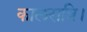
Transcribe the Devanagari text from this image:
कालरात्रि।